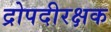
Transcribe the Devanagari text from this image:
द्रोपदीरक्षक